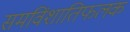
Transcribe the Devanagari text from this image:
समविंशातिफलक